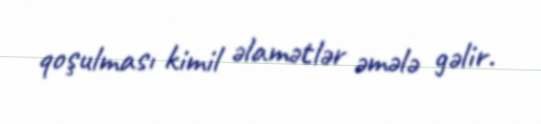
qoşulması kimil əlamətlər əmələ gəlir.